Source: Computer-generated
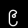
Digit: ၉ (9)